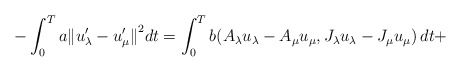
\begin{align*}-\int_0^Ta{\Vert u_{\lambda}^{\prime} - u_{\mu}^{\prime}\Vert}^2dt = \int_0^Tb(A_{\lambda}u_{\lambda} - A_{\mu}u_{\mu},J_{\lambda} u_{\lambda} - J_{\mu} u_{\mu})\, dt +\end{align*}